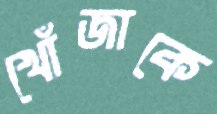
খোঁজাকে